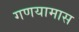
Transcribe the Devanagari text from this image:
गणयामास